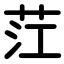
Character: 茳